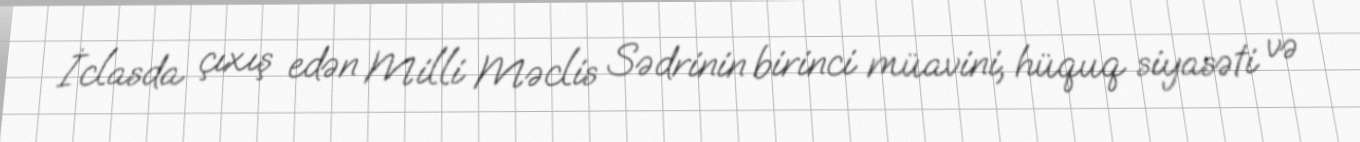
İclasda çıxış edən Milli Məclis Sədrinin birinci müavini, hüquq siyasəti və